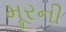
મૂરની